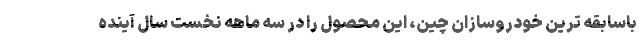
باسابقه ترین خودروسازان چین، این محصول را در سه ماهه نخست سال آینده